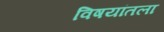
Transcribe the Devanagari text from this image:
विषयांतला